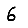
Digit: 6